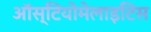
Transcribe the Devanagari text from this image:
ऑस्टियोमेलाइटिस